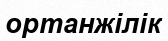
ортанжілік